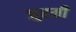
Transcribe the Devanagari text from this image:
जुरमी